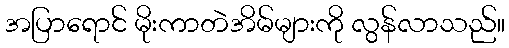
အပြာရောင် မိုးကာတဲအိမ်များကို လွန်လာသည်။